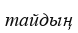
тайдың